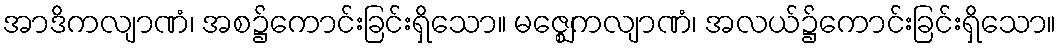
အာဒိကလျာဏံ၊ အစ၌ကောင်းခြင်းရှိသော။ မဇ္ဈေကလျာဏံ၊ အလယ်၌ကောင်းခြင်းရှိသော။